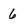
Character: 6